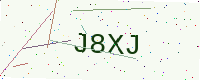
Text: J8XJ